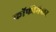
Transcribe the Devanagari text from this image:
कॉफीमेकर